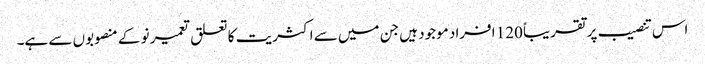
اس تنصیب پر تقریباً 120 افراد موجود ہیں جن میں سے اکثریت کا تعلق تعمیر نو کے منصوبوں سے ہے۔